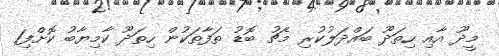
މީދޫ އާއި ހިތަދޫ ބައްދަލުކުރި މެޗު ބޮޑު ތަފާތަކުން ހިތަދޫ ކާމިޔާބު ކޮށްފި1